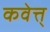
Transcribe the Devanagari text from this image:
कवेत्त्